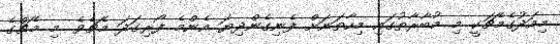
މިއަދުގެމެޗަކީ މި މުބާރާތުގައި މިހާތަނަށް ފެނިގެންދިޔަ އެންމެ ފޯރިގަދަ މެޗެވެ. މި މެޗްގެ